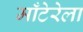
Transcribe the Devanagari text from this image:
माँटेरेला